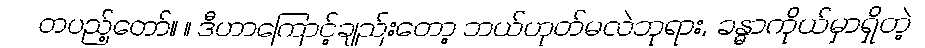
တပည့်တော်။ ။ ဒီဟာကြောင့်ချည်းတော့ ဘယ်ဟုတ်မလဲဘုရား, ခန္ဓာကိုယ်မှာရှိတဲ့